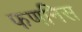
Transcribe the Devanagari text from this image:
फणनिस